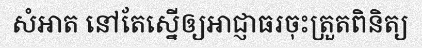
សំអាត នៅតែស្នើឲ្យអាជ្ញាធរចុះត្រួតពិនិត្យ